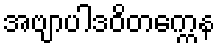
အဗျာပါဒဝိတက္ကေန